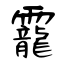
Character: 龗